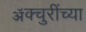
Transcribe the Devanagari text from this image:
ॲक्चुरींच्या